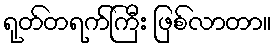
ရုတ်တရက်ကြီး ဖြစ်လာတာ။